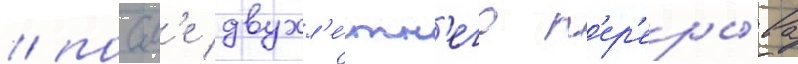
/ посл'е двухл'е́тн'его п'ер'еры́ва